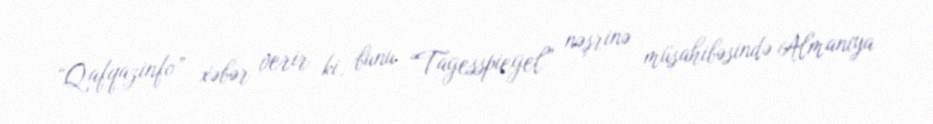
“Qafqazinfo” xəbər verir ki, bunu “Tagesspiegel” nəşrinə müsahibəsində Almaniya